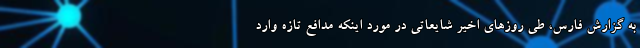
به گزارش فارس، طی روزهای اخیر شایعاتی در مورد اینکه مدافع تازه وارد